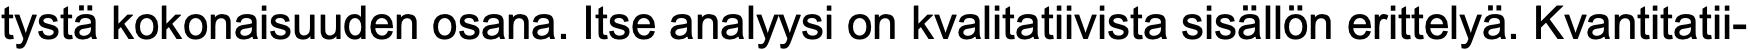
tystä kokonaisuuden osana. Itse analyysi on kvalitatiivista sisällön erittelyä. Kvantitatii-